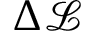
\Delta \mathcal { L }